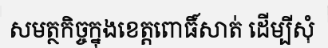
សមត្ថកិច្ចក្នុងខេត្តពោធិ៍សាត់ ដើម្បីសុំ